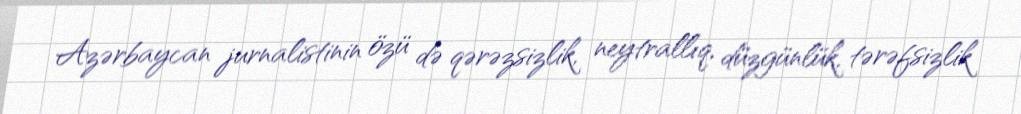
Azərbaycan jurnalistinin özü də qərəzsizlik, neytrallıq, düzgünlük, tərəfsizlik